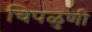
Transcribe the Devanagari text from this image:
चिपळुणी